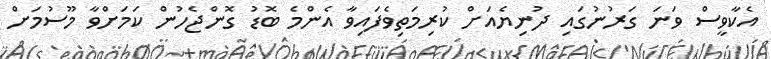
އެކާވީސް ވަނަ ގަރުނުގައި ދުނިޔެއަށް ކުރިމަތިވެފައިވާ އެންމެ ބޮޑު ގޮންޖެހުން ކަމަށްވާ މޫސުމަށް